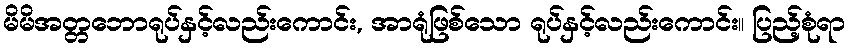
မိမိအတ္တဘောရုပ်နှင့်လည်းကောင်း, အာရုံဖြစ်သော ရုပ်နှင့်လည်းကောင်း။ ပြည့်စုံရာ